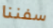
سفننا